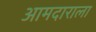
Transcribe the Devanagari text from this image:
आमदाराला